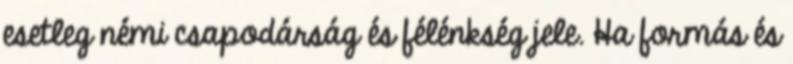
esetleg némi csapodárság és félénkség jele. Ha formás és